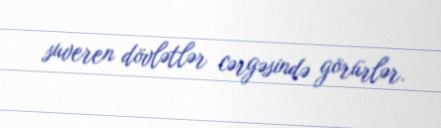
suveren dövlətlər cərgəsində görürlər.